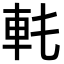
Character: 𨊯